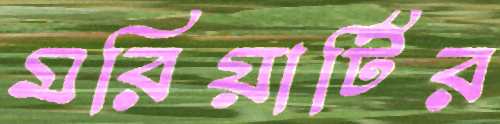
মরিয়ার্টির